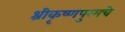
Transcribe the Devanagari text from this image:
श्रीकृष्णपुरमचे